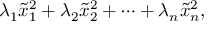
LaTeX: \lambda _ { 1 } { \tilde { x } } _ { 1 } ^ { 2 } + \lambda _ { 2 } { \tilde { x } } _ { 2 } ^ { 2 } + \cdots + \lambda _ { n } { \tilde { x } } _ { n } ^ { 2 } ,